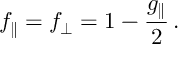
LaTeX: f _ { \parallel } = f _ { \perp } = 1 - \frac { g _ { \parallel } } { 2 } \, .